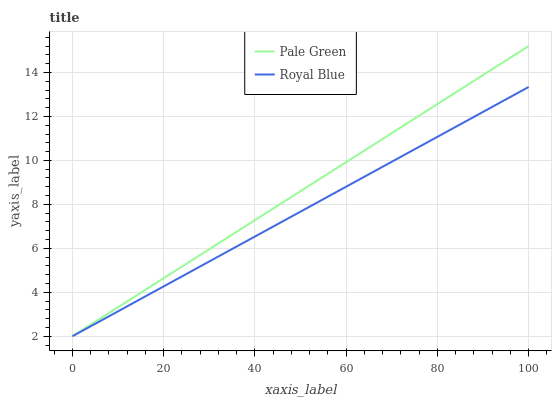
| xaxis_label | Pale Green | Royal Blue |
 | --- | --- | --- |
 | 0 | 2 | 2 |
 | 6.25 | 2.83 | 2.71 |
 | 12.5 | 3.65 | 3.42 |
 | 18.8 | 4.48 | 4.13 |
 | 25 | 5.3 | 4.84 |
 | 31.2 | 6.13 | 5.54 |
 | 37.5 | 6.95 | 6.25 |
 | 43.8 | 7.78 | 6.96 |
 | 50 | 8.6 | 7.67 |
 | 56.2 | 9.43 | 8.38 |
 | 62.5 | 10.3 | 9.09 |
 | 68.8 | 11.1 | 9.8 |
 | 75 | 11.9 | 10.5 |
 | 81.2 | 12.7 | 11.2 |
 | 87.5 | 13.6 | 11.9 |
 | 93.8 | 14.4 | 12.6 |
 | 100 | 15.2 | 13.3 |